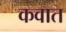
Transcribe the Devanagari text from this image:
कवात